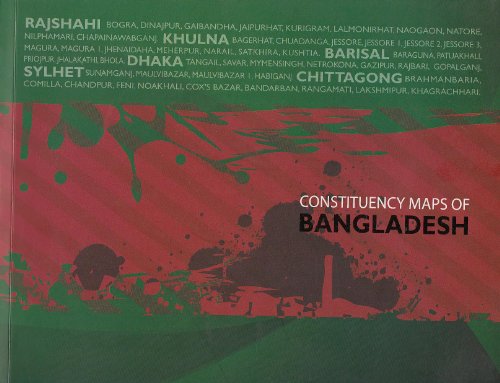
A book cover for Constituency Maps of Bangladesh; Bangladesh Election Commission; Travel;